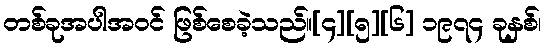
တစ်ခုအပါအဝင် ဖြစ်စေခဲ့သည်။[၄][၅][၆] ၁၉၇၄ ခုနှစ်၊